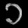
Digit: ၁